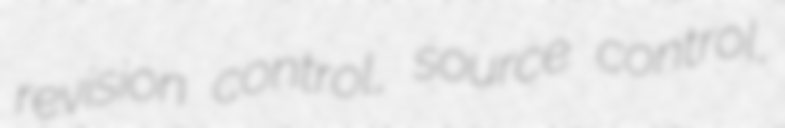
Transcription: revision control, source control,